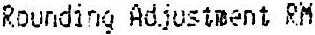
ROUNDING ADJUSTMENT RM